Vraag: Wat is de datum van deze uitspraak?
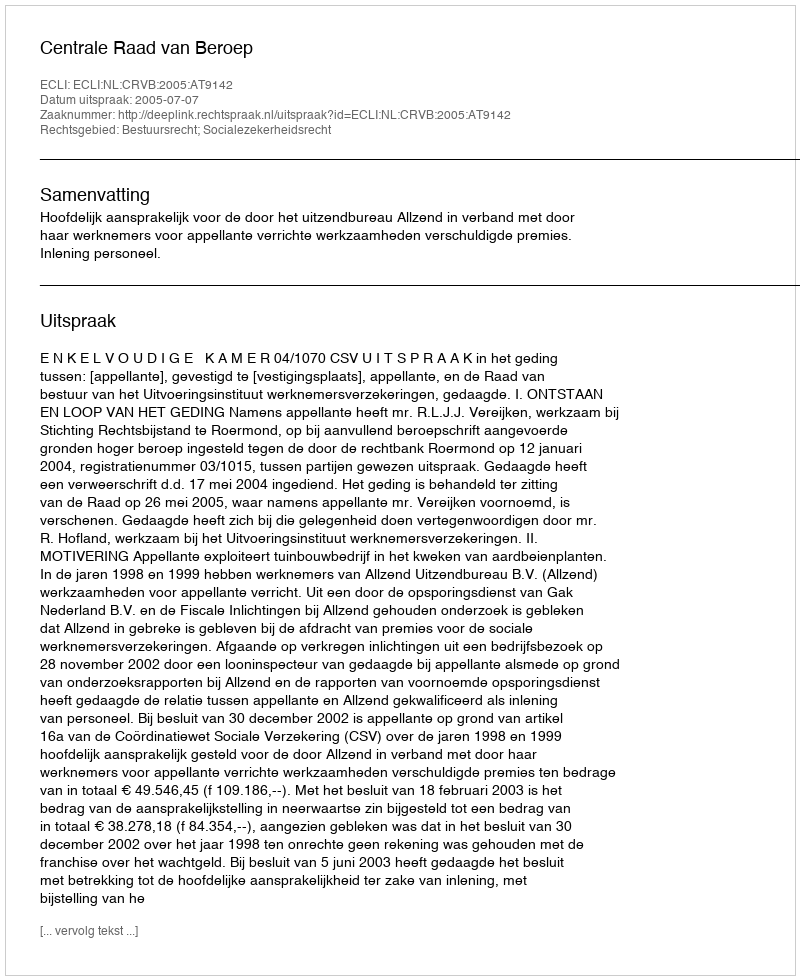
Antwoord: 2005-07-07